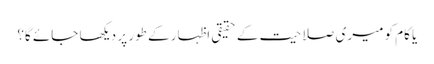
یا کام کو میری صلاحیت کے حقیقی اظہار کے طور پر دیکھا جائے گا؟